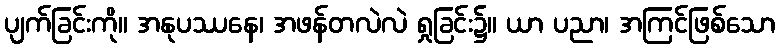
ပျက်ခြင်းကို။ အနုပဿနေ၊ အဖန်တလဲလဲ ရှုခြင်း၌။ ယာ ပညာ၊ အကြင်ဖြစ်သော